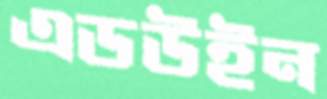
এডউইন